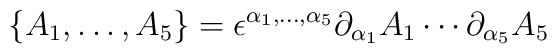
\{ A_1, \dots, A_5 \} = \epsilon^{\alpha_1, \dots, \alpha_5} \partial_{\alpha_1}A_1 \cdots \partial_{\alpha_5} A_5